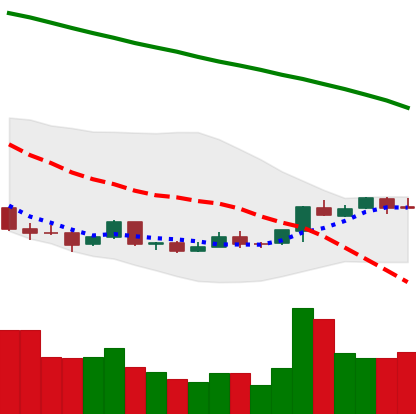
Ticker: ETC-USD
Chart end date: 2018-04-17
Forward return: 16.905%
Label: up_7plus